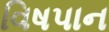
વિષપાન